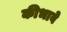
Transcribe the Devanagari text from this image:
कीभावे